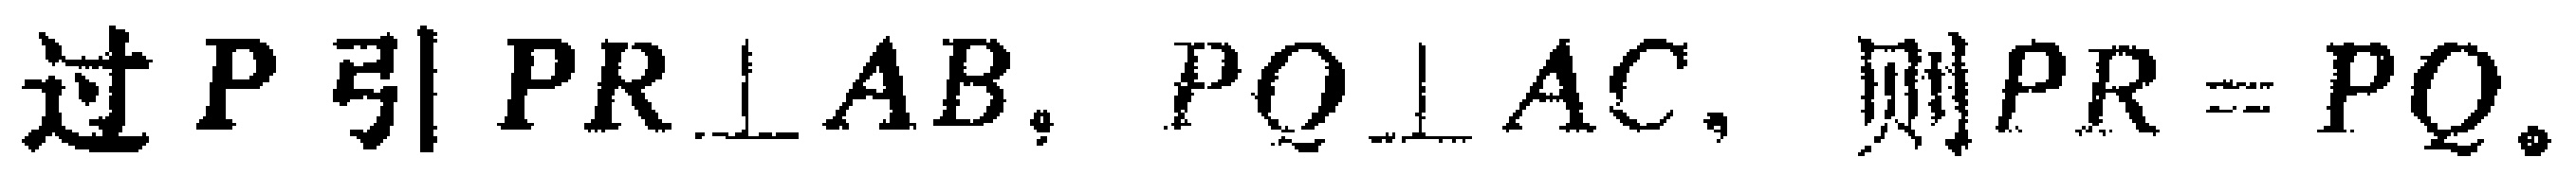
过 \(P\) 引 \(PR\perp AB\)，\(PQ\perp AC\)，则 \(PR = PQ\)。